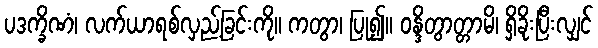
ပဒက္ခိဏံ၊ လက်ယာရစ်လှည့်ခြင်းကို။ ကတွာ၊ ပြု၍။ ဝန္ဒိတွာတ္တာမိ၊ ရှိခိုးပြီးလျှင်